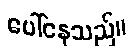
ပေါ်နေသည်။